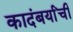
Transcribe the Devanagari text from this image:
कादंबर्यांची